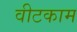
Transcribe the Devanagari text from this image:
वीटकाम